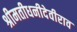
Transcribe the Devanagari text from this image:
श्रीमतीधनीदेवीराव